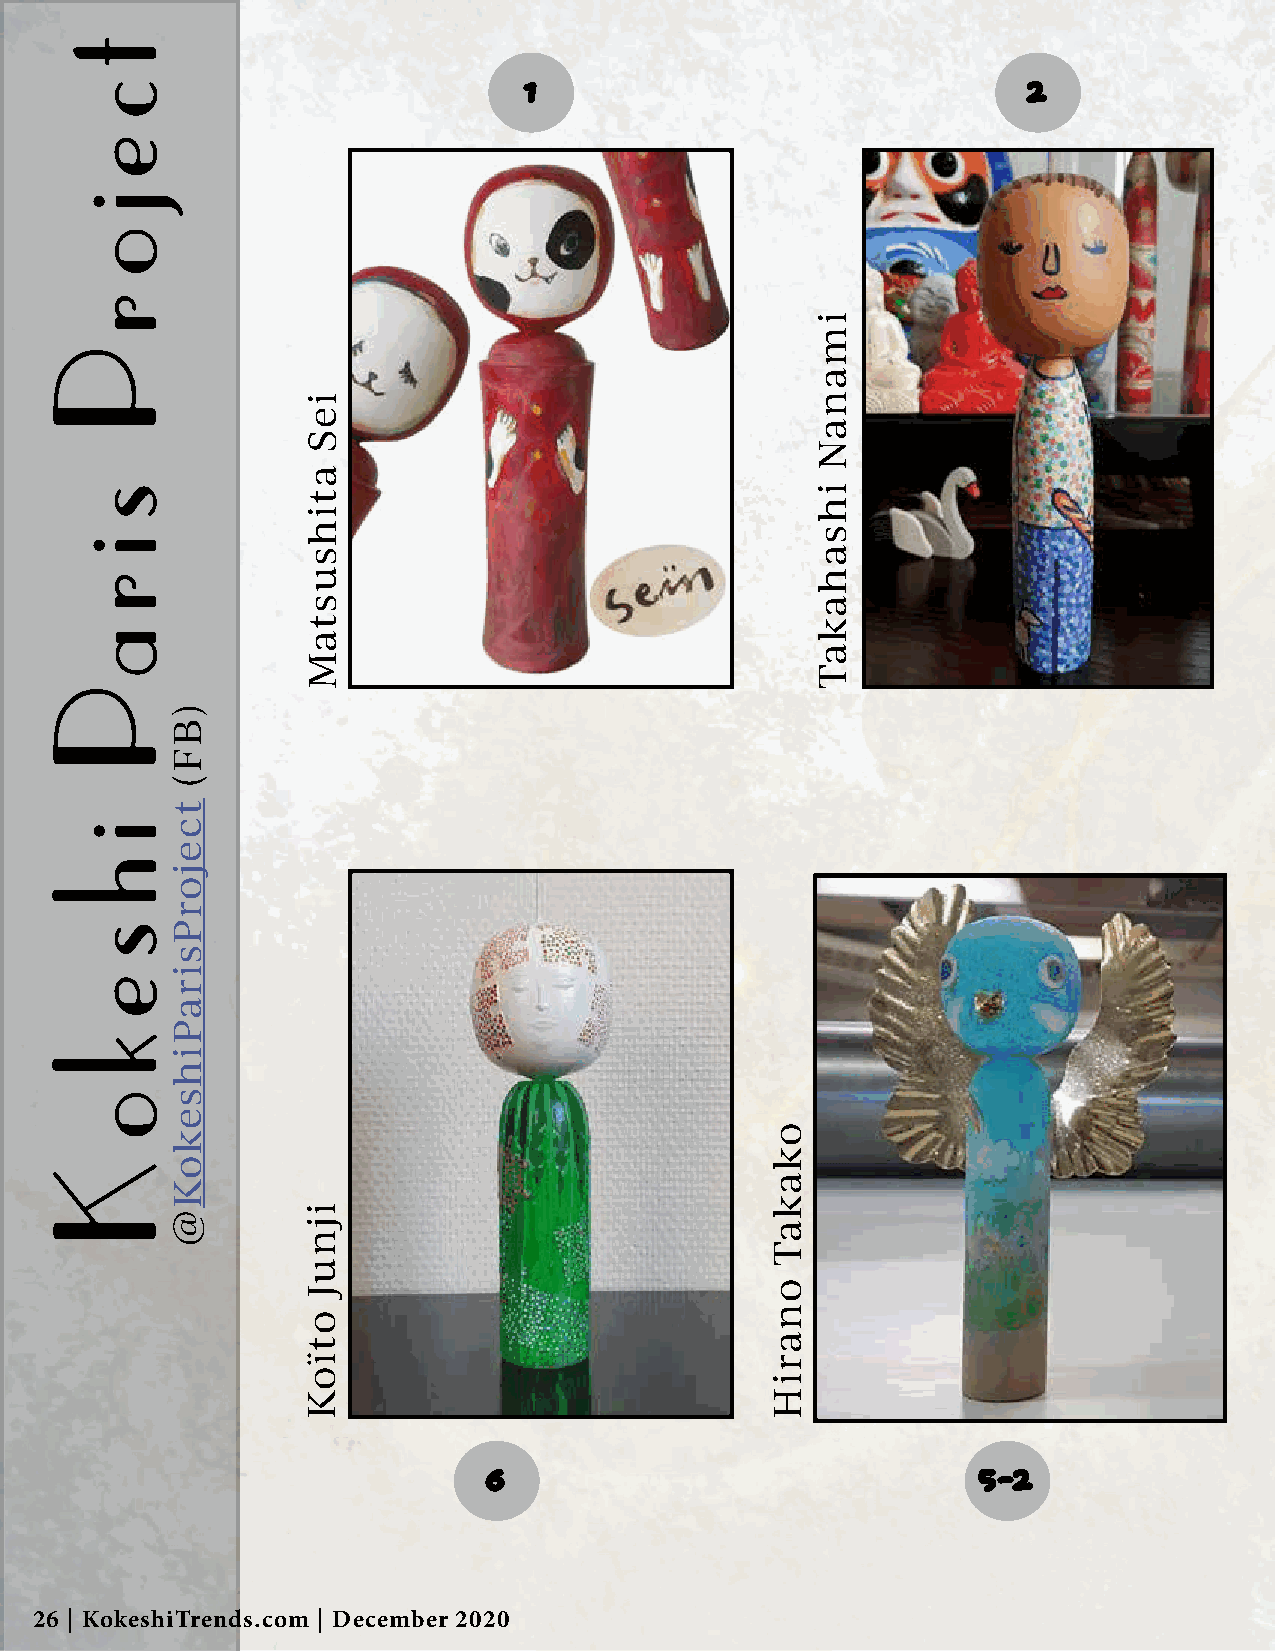
1                                2
 6                                5-2
 26 | KokeshiTrends.com | December 2020
 t
 c
 e
 j
 o
 rP
 s
 i
 r
 aP
 i
 h
 s
 e
 k
 o
 K
 )BF(
 tcejorPsiraPihsekoK@
 ieS
 atihsustaM
 ijnuJ
 otïoK
 okakaT
 onariH
 imanaN
 ihsahakaT